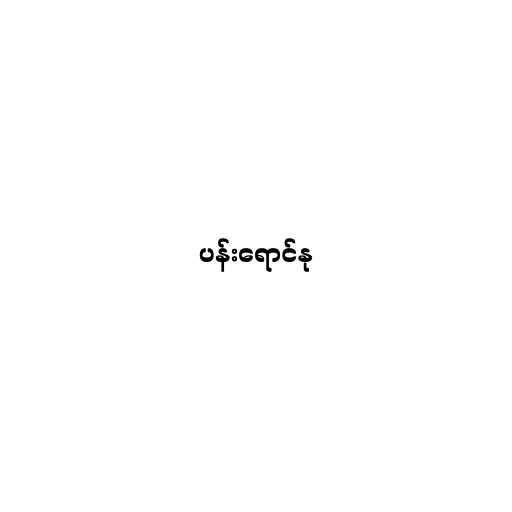
ပန်းရောင်နု